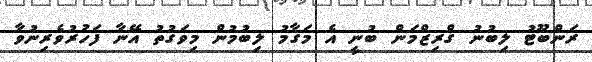
ރަންބޫޓު ލިބުނު ގްރިޒްމަން ބުނީ އެ މަގާމު ލިބުމުން މިވަގުތު އޭނާ ފަހުރުވެރިނުވާ